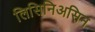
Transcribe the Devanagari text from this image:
लिसिनिअसिन